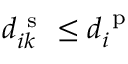
d _ { i k } ^ { \mathrm { ~ s ~ } } \leq d _ { i } ^ { \mathrm { ~ p ~ } }